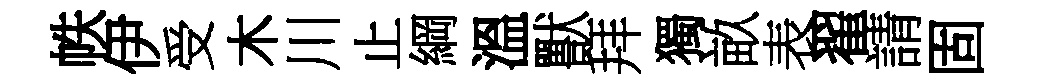
帙伊受木川止綱溫獸拜獨畝表翟請固